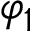
\varphi _ { 1 }